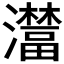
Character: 𤃺